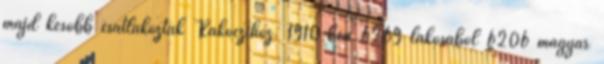
majd később csatlakoztak Rákóczihoz. 1910-ben 6269 lakosából 6206 magyar